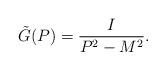
LaTeX: \begin{align*} \tilde G(P) = \frac{I}{P^2 - M^2}.\end{align*}